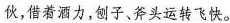
伙，借着酒力，刨子、斧头运转飞快。